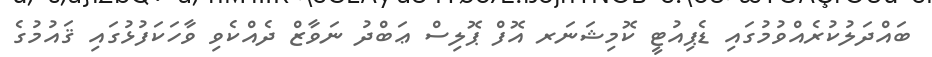
ބައްދަލުކުރެއްވުމުގައި ޑެޕިއުޓީ ކޮމިޝަނަރ އޮފް ޕޮލިސް ޢަބްދު ނަވާޒް ދެއްކެވި ވާހަކަފުޅުގައި ޤައުމުގެ